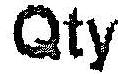
QTY